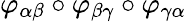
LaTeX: \varphi_{\alpha\beta}\circ\varphi_{\beta\gamma}\circ\varphi_{\gamma\alpha}